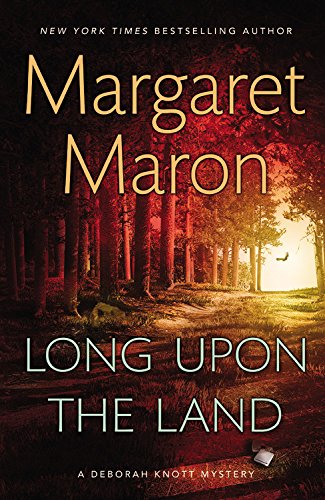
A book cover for Long Upon the Land (A Deborah Knott Mystery); Margaret Maron; Mystery, Thriller & Suspense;